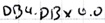
Text: DB4.DBX0.0